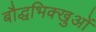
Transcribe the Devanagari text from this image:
बौद्धभिक्खुओं